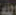
الله